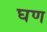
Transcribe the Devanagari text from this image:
घण